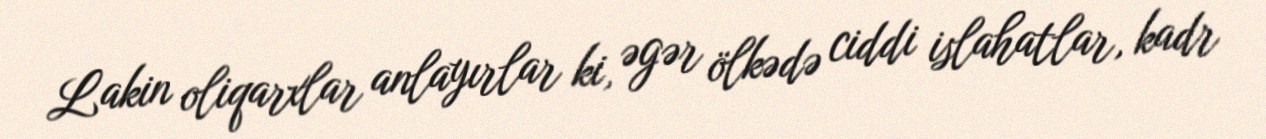
Lakin oliqarxlar anlayırlar ki, əgər ölkədə ciddi islahatlar, kadr